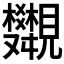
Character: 𧢣